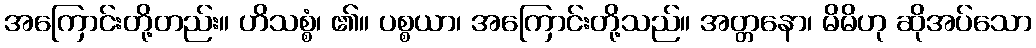
အကြောင်းတို့တည်း။ ဟိသစ္စံ၊ ၏။ ပစ္စယာ၊ အကြောင်းတို့သည်။ အတ္တနော၊ မိမိဟု ဆိုအပ်သော